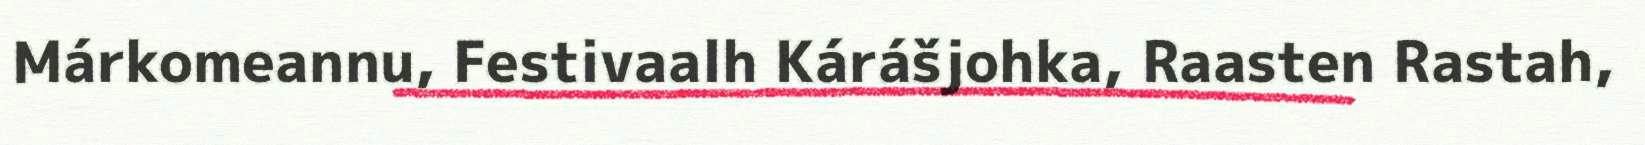
Márkomeannu, Festivaalh Kárášjohka, Raasten Rastah,